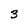
Character: 3